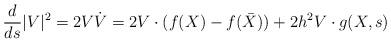
LaTeX: \begin{align*}\frac{d}{ds} |V|^2 = 2V\dot V = 2V\cdot (f(X)-f(\bar X)) + 2h^2 V\cdot g(X,s)\end{align*}